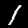
Digit: 1